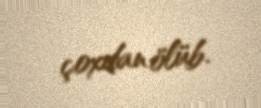
çoxdan ölüb.